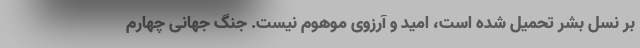
بر نسل بشر تحمیل شده است، امید و آرزوی موهوم نیست. جنگ جهانی چهارم